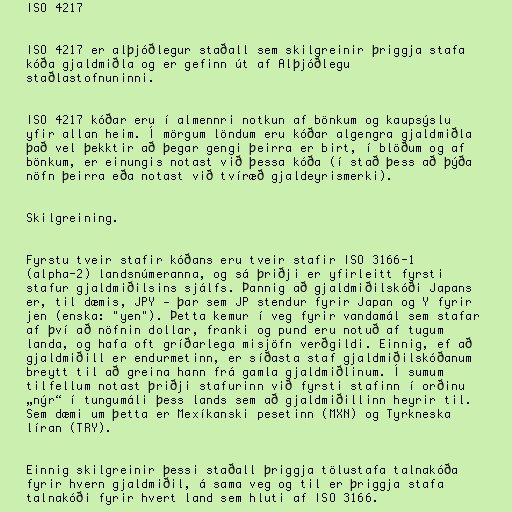
ISO 4217

ISO 4217 er alþjóðlegur staðall sem skilgreinir þriggja stafa
kóða gjaldmiðla og er gefinn út af Alþjóðlegu
staðlastofnuninni.

ISO 4217 kóðar eru í almennri notkun af bönkum og kaupsýslu
yfir allan heim. Í mörgum löndum eru kóðar algengra gjaldmiðla
það vel þekktir að þegar gengi þeirra er birt, í blöðum og af
bönkum, er einungis notast við þessa kóða (í stað þess að þýða
nöfn þeirra eða notast við tvíræð gjaldeyrismerki).

Skilgreining.

Fyrstu tveir stafir kóðans eru tveir stafir ISO 3166-1
(alpha-2) landsnúmeranna, og sá þriðji er yfirleitt fyrsti
stafur gjaldmiðilsins sjálfs. Þannig að gjaldmiðilskóði Japans
er, til dæmis, JPY — þar sem JP stendur fyrir Japan og Y fyrir
jen (enska: "yen"). Þetta kemur í veg fyrir vandamál sem stafar
af því að nöfnin dollar, franki og pund eru notuð af tugum
landa, og hafa oft gríðarlega misjöfn verðgildi. Einnig, ef að
gjaldmiðill er endurmetinn, er síðasta staf gjaldmiðilskóðanum
breytt til að greina hann frá gamla gjaldmiðlinum. Í sumum
tilfellum notast þriðji stafurinn við fyrsti stafinn í orðinu
„nýr“ í tungumáli þess lands sem að gjaldmiðillinn heyrir til.
Sem dæmi um þetta er Mexíkanski pesetinn (MXN) og Tyrkneska
líran (TRY).

Einnig skilgreinir þessi staðall þriggja tölustafa talnakóða
fyrir hvern gjaldmiðil, á sama veg og til er þriggja stafa
talnakóði fyrir hvert land sem hluti af ISO 3166.